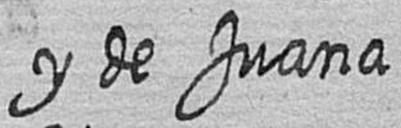
y de Juana